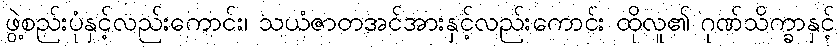
ဖွဲ့စည်းပုံနှင့်လည်းကောင်း၊ သယံဇာတအင်အားနှင့်လည်းကောင်း ထိုလူ၏ ဂုဏ်သိက္ခာနှင့်